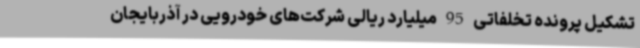
تشکیل پرونده تخلفاتی 95 میلیارد ریالی شرکت‌های خودرویی در آذربایجان